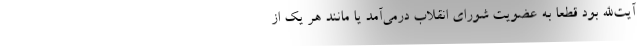
آیت‌الله بود قطعا به عضویت شورای انقلاب درمی‌آمد یا مانند هر یک از